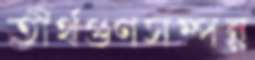
তীর্থগুণসম্পন্ন